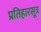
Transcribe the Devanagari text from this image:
प्रतिहारसूत्र